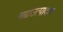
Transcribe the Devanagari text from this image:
मद्यउत्पादक